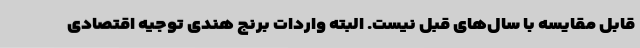
قابل مقایسه با سال‌های قبل نیست. البته واردات برنج هندی توجیه اقتصادی